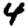
Digit: 4